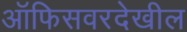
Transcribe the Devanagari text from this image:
ऑफिसवरदेखील